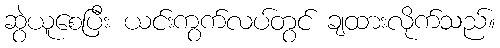
ဆွဲယူစေပြီး ယင်းကွက်လပ်တွင် ချထားလိုက်သည်။